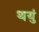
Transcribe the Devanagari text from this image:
थयुं